Report on sanitation, dispensaries, and jails in Rajputana for 1911, and on vaccination for the year 1911-1912 - 1911-1912
Year: 1911
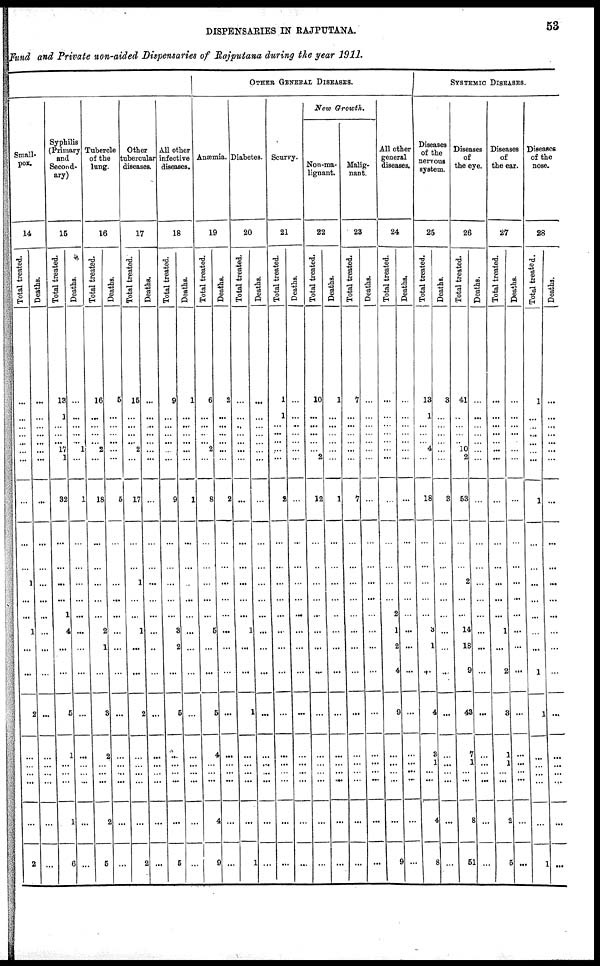
DISPENSARIES IN RAJPUTANA.
53
Fund and Private non-aided Dispensaries of Rajputana during the year 1911.
Small-
pox.
14
Total treated.
...
...
...
...
...
...
...
...
...
...
1
...
...
1
...
...
2
...
...
...
...
...
2
Deaths.
...
...
...
...
...
...
...
...
...
...
...
...
...
...
...
...
...
...
...
...
...
...
...
Syphilis
(Primary
and
Second-
ary)
15
Total treated.
13
1
...
...
17 ...
1
32
...
...
...
...
1
4
...
...
5
1
...
...
...
1
6
Deaths.
...
...
...
...
1 ...
...
1
...
...
...
...
...
...
...
...
...
...
...
...
...
...
...
Tubercle
of the
lung.
16
Total treated.
16
...
...
...
... 2
...
18
...
...
...
...
...
2
1
...
3
2
...
...
...
2
5
Deaths.
5
...
...
...
...
...
...
5
...
...
...
...
...
...
...
...
...
...
...
...
...
...
...
Other
tubercular
diseases.
17
Total treated.
15
...
...
...
2 ...
...
17
...
...
1
...
...
1
...
...
2
...
...
...
...
...
2
Deaths.
...
...
...
...
...
...
...
...
...
...
...
...
...
...
...
...
...
...
...
...
...
...
...
All other
infective
diseases.
18
Total treated.
9
...
...
...
...
...
...
9
...
...
...
...
...
3
2
...
5
...
...
...
...
...
5
Deaths.
1
...
...
...
...
...
...
1
...
...
...
...
...
...
...
...
...
...
...
...
...
...
...
OTHER GENERAL DISEASES.
Anæmia.
19
Total treated.
6
...
...
...
2 ...
...
8
...
...
...
...
...
5
...
...
5
4
...
...
...
4
9
Deaths.
2
...
...
...
...
...
...
2
...
...
...
...
...
...
...
...
...
...
...
...
...
...
...
Diabetes.
20
Total treated.
...
...
...
...
...
...
...
...
...
...
...
...
...
1
...
...
1
...
...
...
...
...
1
Deaths.
...
...
...
...
...
...
...
...
...
...
...
...
...
...
...
...
...
...
...
...
...
...
...
Scurvy.
21
Total treated.
1
1
...
...
...
...
...
2
...
...
...
...
...
...
...
...
...
...
...
...
...
...
...
Deaths.
...
...
...
...
...
...
...
...
...
...
...
...
...
...
...
...
...
...
...
...
...
...
New Growth.
Non-ma-
lignant.
22
Total treated.
10
...
...
...
...
2 ...
12
...
...
...
...
...
...
...
...
...
...
...
...
...
...
...
Deaths.
1
...
...
...
...
...
...
1
...
...
...
...
...
...
...
...
...
...
...
... ...
...
...
Malig-
nant.
23
Total treated.
7
...
...
...
...
...
...
7
...
...
...
...
...
...
...
...
...
...
...
...
...
...
...
Deaths.
...
...
...
...
...
...
...
...
...
...
...
...
...
...
...
...
...
...
...
...
...
...
...
All other
general
diseases.
24
Total treated.
...
...
...
...
...
...
...
...
...
...
...
...
2
1
2
4
9
...
...
...
...
...
9
Deaths.
...
...
...
...
...
...
...
...
...
...
...
...
...
...
...
...
...
...
...
...
...
...
...
SYSTEMIC DISEASES.
Diseases
of the
nervous
system.
25
Total treated.
13
1
...
...
4 ...
...
18
...
...
...
...
...
3
1
...
4
3
1
...
...
4
8
Deaths.
3
...
...
...
...
...
...
3
...
...
...
...
...
...
...
...
...
...
...
...
...
...
...
Diseases
of
the eye.
26
Total treated.
41
...
...
...
... 10
2
53
...
...
2
...
...
14
18
9
43
7
1
...
...
8
51
Deaths.
...
...
...
...
...
...
...
...
...
...
...
...
...
...
...
...
...
...
...
... ...
...
...
Diseases
of
the ear.
27
Total treated.
...
...
...
...
...
...
...
...
...
...
...
...
...
1
...
2
3
1
1
...
...
2
5
Deaths.
...
......
...
...
...
...
...
...
...
...
...
...
...
...
...
...
...
...
...
...
...
...
...
Diseases
of the
nose.
28
Total treated.
1
...
...
...
...
...
...
1
...
..
...
...
...
...
...
1
1
...
...
...
...
...
1
Deaths.
...
...
...
...
...
...
...
...
...
...
...
...
...
...
...
...
...
...
...
...
...
...
...